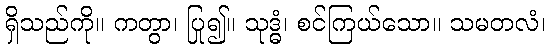
ရှိသည်ကို။ ကတွာ၊ ပြု၍။ သုဒ္ဓံ၊ စင်ကြယ်သော။ သမတလံ၊